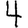
Digit: 4